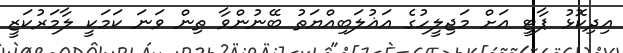
އިދިކޮޅު ޕާޓީ އަށް މަޖިލީހުގެ އަޣުލަބިއްޔަތު ބޭނުންވާ ތިން ވަނަ ކަމަކީ ލާމަރުކަޒީ